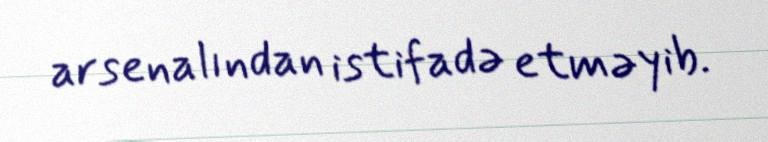
arsenalından istifadə etməyib.